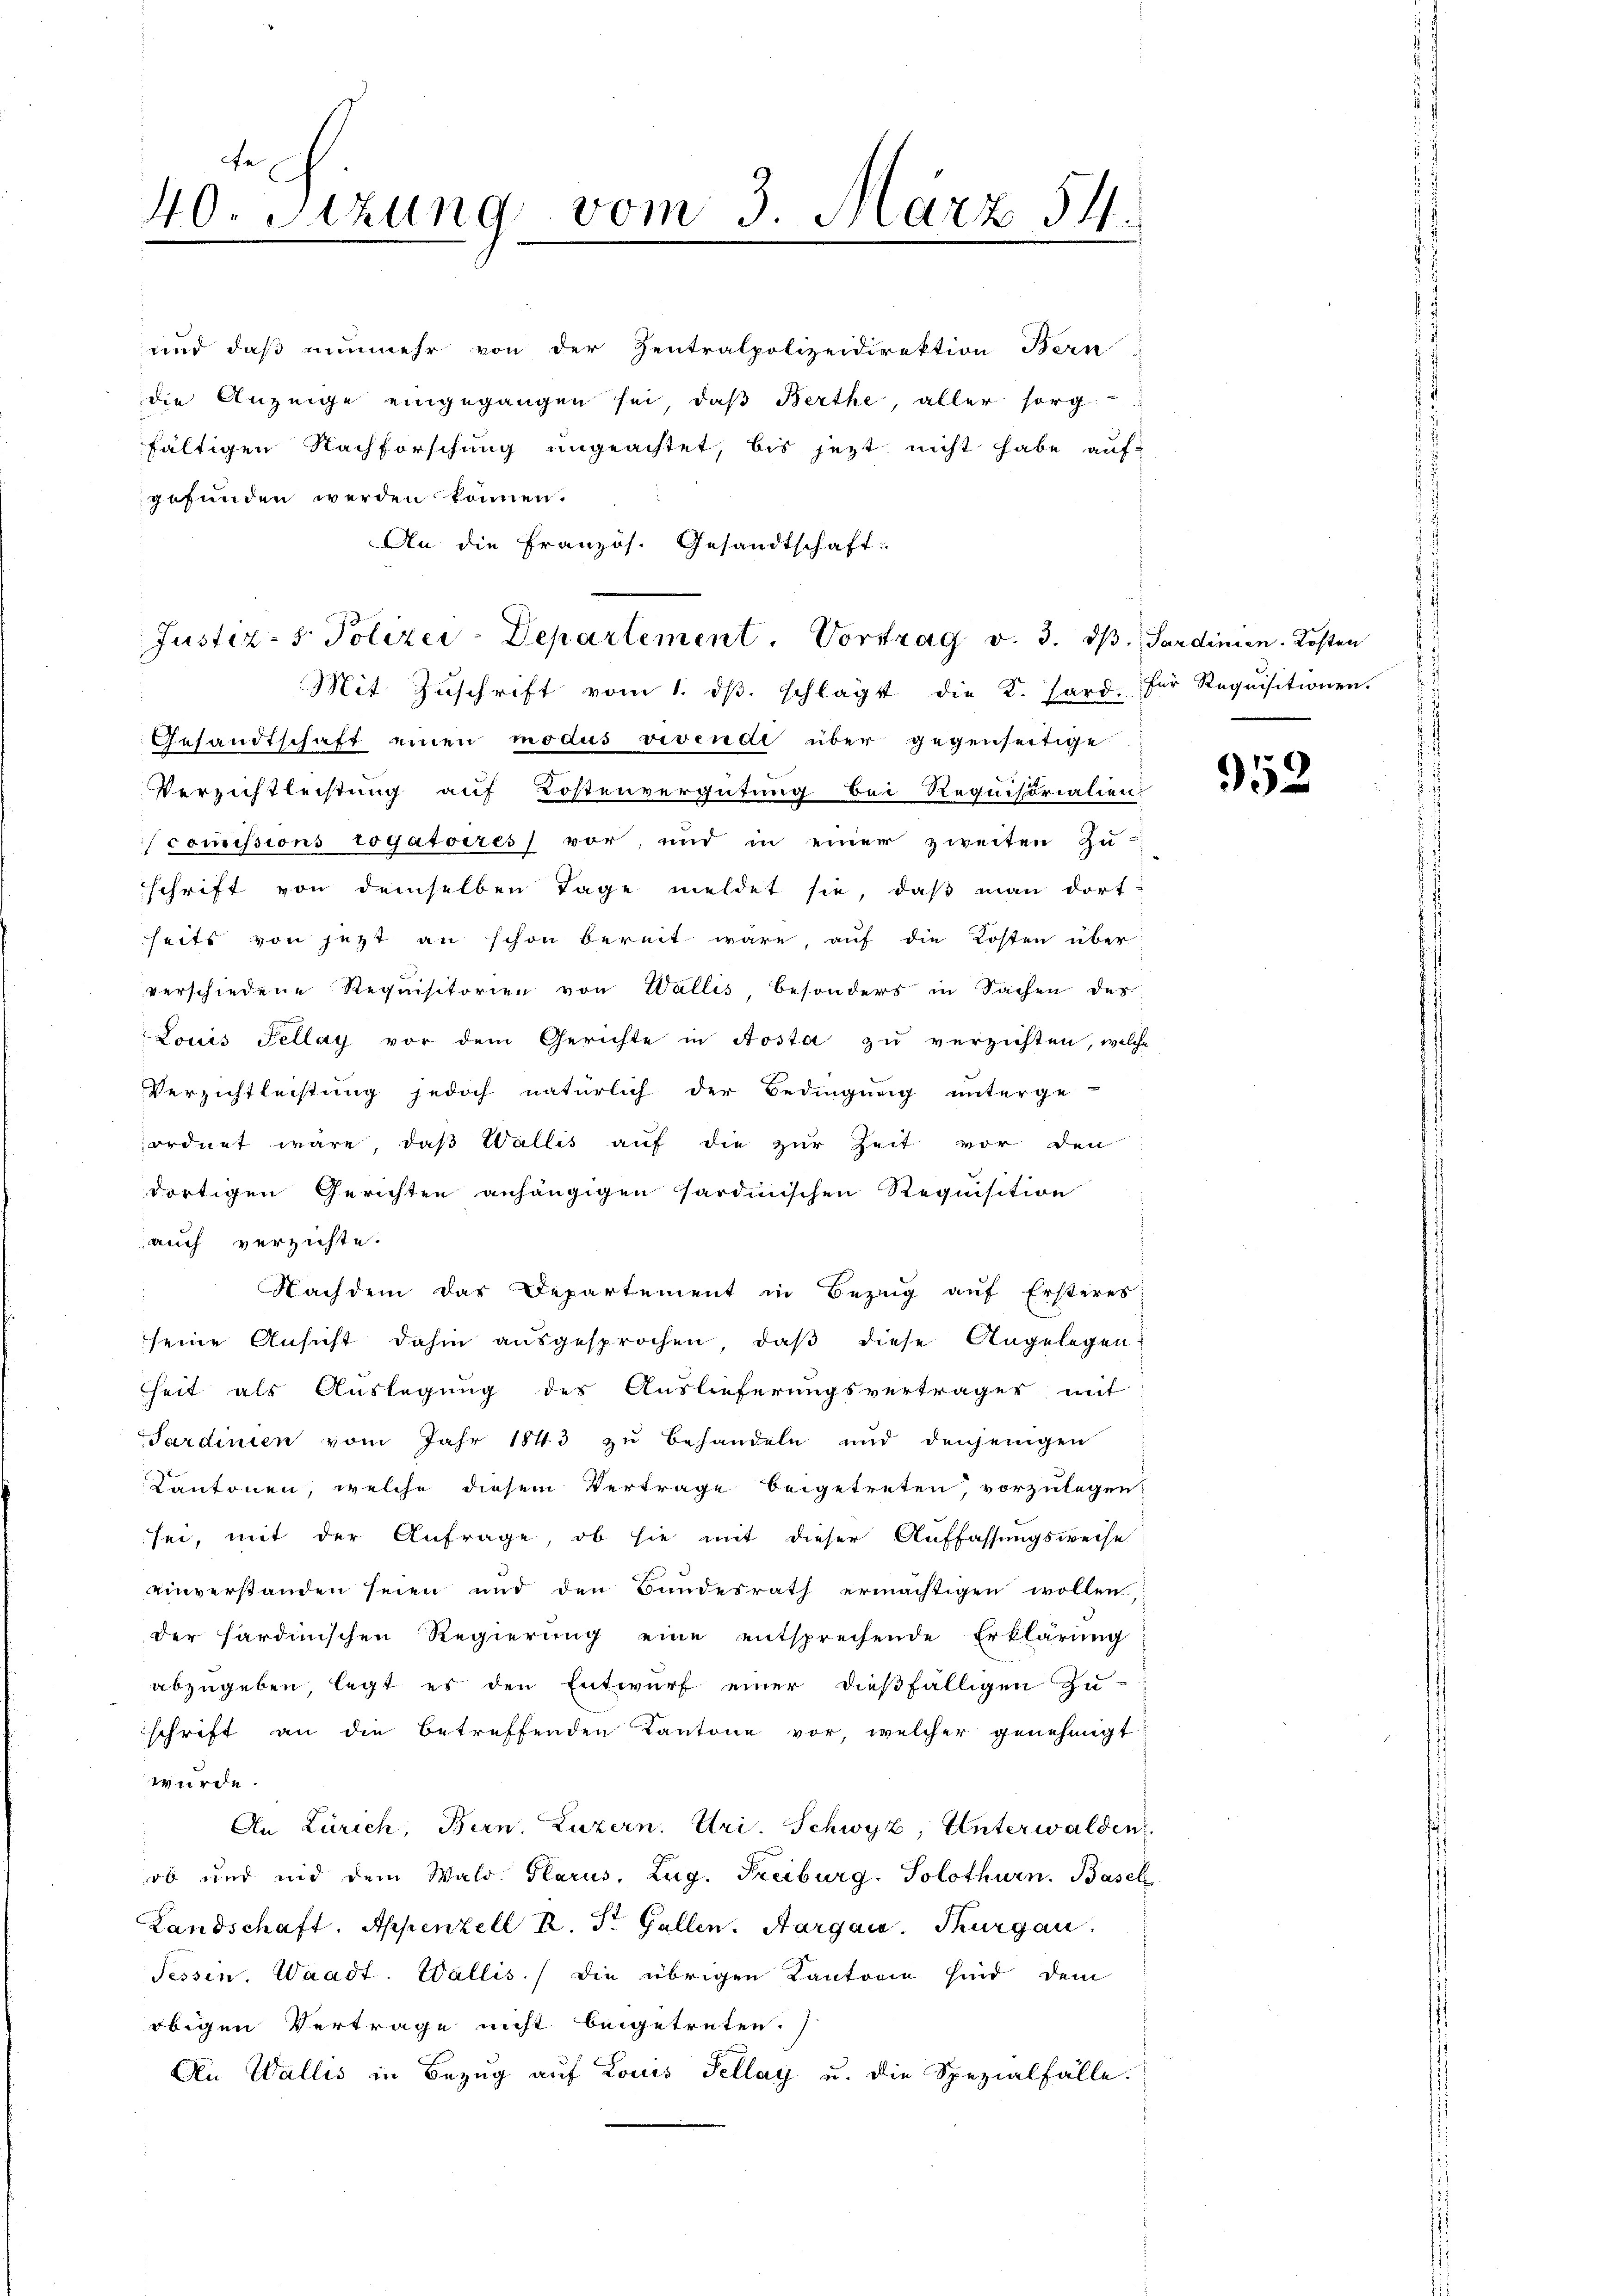
te
40. Sizung vom 3. März 54.

die Anzeige eingegangen sei, daß Berthe, aller sorg
fältigen Nachforschung ungeachtet, bis jezt nicht habe auf
gefunden werden können.
An die Französ. Gesandtschaft:
Mit Zŭschrift vom 1. dβ. schlägt die K. Hard. Für Requisitionen.
Gesandtschaft einen modus vivende über gegenseitige
Verzichtleistung auf Kostenvergütung bei Requistorialien
commissions rogatoires vor, und in einer zweiten Zu-
schrift von demselben Tage meldet sie, daß man dort
seits von jetzt an schon bereit wäre, auf die Kosten über
verschiedene Requisitorien von Wallis, besonders in Sachen des
Louis Fellay vor dem Gerichte in Aosta zu verzichten, welche
Verzichtleistung jedoch natürlich der Bedingung unterge-
ordnet wäre, daß Wallis auf die zur Zeit vor den
dortigen Gerichten anhängigen sardinischen Requisition
auch verzichte.
Nachdem das Departement in Bezug auf Ersteres
seine Ansicht dahin ausgesprochen, daβ diese Angelegen
heit als Auslegung des Auslieferungsvertrages mit
Sardinien vom Jahr 1843 zu behandeln und denjenigen
Kantonen, welche diesem Vertrage beigetreten, vorzulegen,
sei, mit der Anfrage, ob sie mit dieser Auffassungsweise
einverstanden seien und den Bundesrath ermächtigen wollen
der sardinischen Regierung eine entsprechende Erklärung
abzugeben, legt es den Entwurf einer dießfälligen Zu-
schrift an die betreffenden Kantone vor, welcher genehmigt
wurde
An Zürich, Bern. Luzern, Uri. Schwyz, Unterwalden
ob und und dem Wald. Glarus, Zug. Freiburg. Solothurn. Basel
Landschaft. Appenzell R. S. Gallen. Aargau. Thurgau,
Sessen. Waadt. Wallis, die übrigen Kantonie sind dem
obigen Vertrage nicht beigetreten.)
An Wallis in Bezug auf Louis Sellay u. die Spezialfälle.

und daß nunmehr von der Zentralpolizeidirektion Bern

Justiz- & Polizei-Departement. Vortrag v. 3. ds. Sardinien. Kosten

952